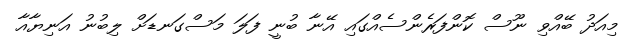
މިއަދު ބޭއްވި ނޫސް ކޮންފަރެންސެއްގައި އޭނާ ބުނީ ފަލަ މަސްގަނޑަށް ލިބުނު އަނިޔާއާ